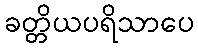
ခတ္တိယပရိသာပေ